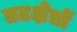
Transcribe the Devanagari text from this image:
तटक्षेत्रों